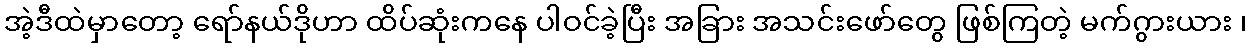
အဲ့ဒီထဲမှာတော့ ရော်နယ်ဒိုဟာ ထိပ်ဆုံးကနေ ပါဝင်ခဲ့ပြီး အခြား အသင်းဖော်တွေ ဖြစ်ကြတဲ့ မက်ဂွားယား ၊